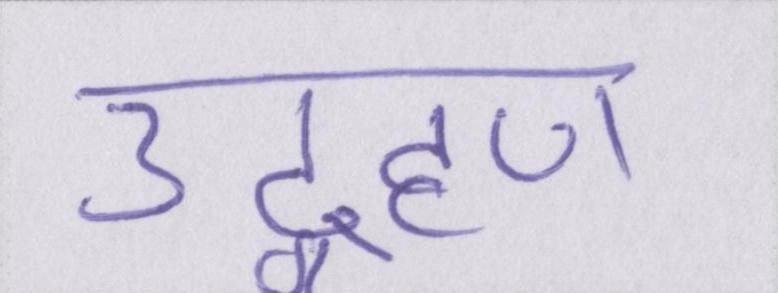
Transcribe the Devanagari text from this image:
उद्ग्रहण